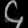
Digit: ၄